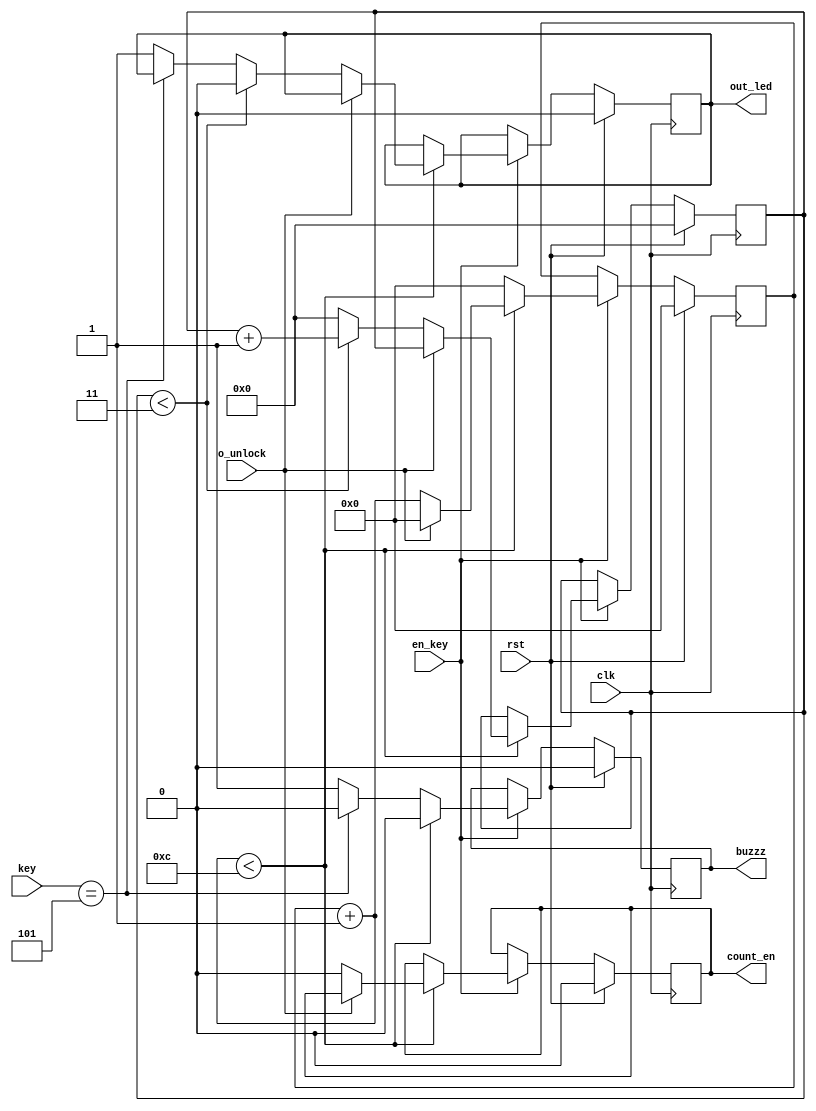
module counter_sig
    (
    input clk,
    input rst,
    input en_key,
	 input [3:0] key,
	 input o_unlock,
	 output reg buzzz,
	 output reg out_led,
	 output reg count_en
    );
     reg [3:0] count=0;
	  reg [4:0] count_1 = 0;
    // counter register
   // reg [2:0] count=0;
     integer i;
    // increment or reset the counter
    always @(posedge clk)
    begin
		if (rst)
			begin
				count = 0;
				count_1=0;
				count_en = 0;
				buzzz = 0;
				out_led = 0;
			end
		else 
			begin
			
				if (en_key) //start counting
					begin
						
						count_1 = count_1 + 1;
	
						if(count_1 < 12)
							begin
								buzzz = 1'b0;
				
								if(!o_unlock)
									begin
										if (count<3)
											begin
												count_en = 0;
												out_led = 0;
												count = count + 1;
											end
										else 
											begin
												if(key == 4'b0101)
												begin
													count_en = 0;
													count=0;
												end
												else 
												begin
													count_en = 0;
													count = 0;
													out_led = 1;
												end//next iteration of 4 keys
											end
									end
								else
									begin
										  count_1 = 0;
										//count = 0;
									end
							end 	
						else
							begin
								if(key == 4'b0101)
								begin
								buzzz = 1'b0;
							 	count_1=0;
								end
								else
								begin
								buzzz = 1'b1;
							 	count_1=0;
								end

							end
					end
         end
      end
endmodule